Scottish Certificate of Education, 1962
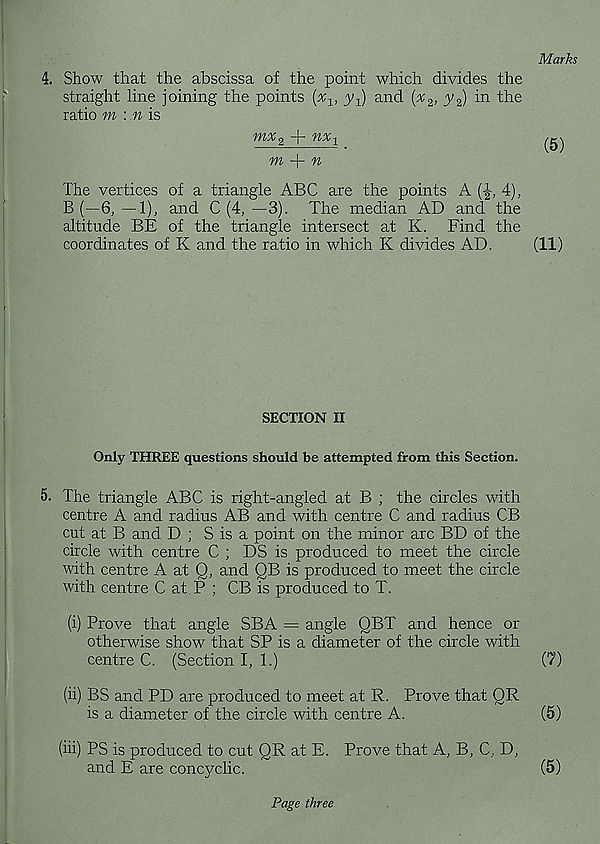
Marks
4. Show that the abscissa of the point which divides the
straight line joining the points (x 1 , y^) and (x 2 , y 2 ) in the
ratio m : n is
mx 2 + nx-y
^
m -\- n
The vertices of a triangle ABC are the points A (•£, 4),
B(—6,--1), and C (4, — 3). The median AD and the
altitude BE of the triangle intersect at K. Find the
coordinates of K and the ratio in which K divides AD.
(11)
SECTION II
Only THREE questions should be attempted from this Section.
5. The triangle ABC is right-angled at B ; the circles with
centre A and radius AB and with centre C and radius CB
cut at B and D ; S is a point on the minor arc BD of the
circle with centre C ; DS is produced to meet the circle
with centre A at Q, and QB is produced to meet the circle
with centre C at P ; CB is produced to T.
(i) Prove that angle SBA = angle QBT and hence or
otherwise show that SP is a diameter of the circle with
centre C. (Section I, 1.)
(7)
(ii) BS and PD are produced to meet at R. Prove that OR
is a diameter of the circle with centre A.
(5)
(hi) PS is produced to cut QR at E. Prove that A, B, C, D,
and E are coneyclic.
(5)
Page three